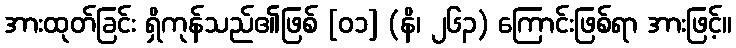
အားထုတ်ခြင်း ရှိကုန်သည်၏ဖြစ် [၀၁] (နိ၊ ၂၆၃) ကြောင်းဖြစ်ရာ အားဖြင့်။